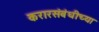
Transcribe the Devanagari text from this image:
करारसंबंधीच्या